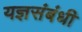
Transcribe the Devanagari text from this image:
यज्ञसंबंधी